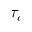
\tau _ { c }